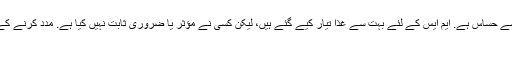
کبھی کبھی، کولر آب و ہوا میں منتقل ہونے میں مدد مل سکتی ہے. کچھ مریضوں کو گرمی سے حساس ہے. ایم ایس کے لئے بہت سے غذا تیار کیے گئے ہیں، لیکن کسی نے مؤثر یا ضروری ثابت نہیں کیا ہے. مدد کرنے کے لئے ثابت کیا گیا ہے صرف وٹامن وٹامن ڈی مطالعہ دیگر وٹامن پر، وٹامن ای، وعدہ ظاہر.
کیا میں خراب ہو جا رہا ہوں؟